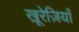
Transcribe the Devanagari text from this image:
खू़रेज़ियाँ